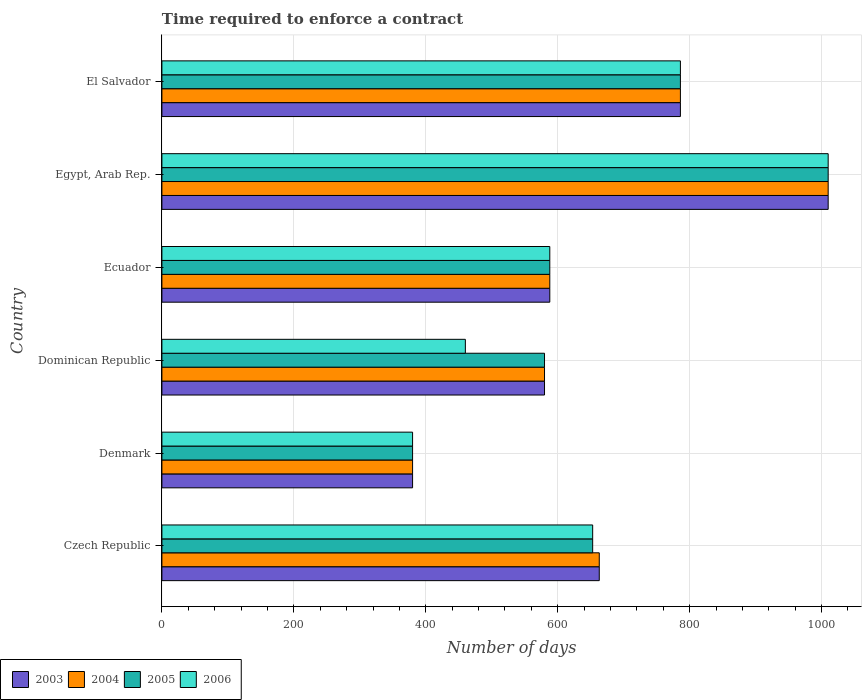
| Country | 2003 | 2004 | 2005 | 2006 |
 | --- | --- | --- | --- | --- |
 | Czech Republic | 663 | 663 | 653 | 653 |
 | Denmark | 380 | 380 | 380 | 380 |
 | Dominican Republic | 580 | 580 | 580 | 460 |
 | Ecuador | 588 | 588 | 588 | 588 |
 | Egypt, Arab Rep. | 1.01e+03 | 1.01e+03 | 1.01e+03 | 1.01e+03 |
 | El Salvador | 786 | 786 | 786 | 786 |